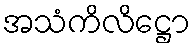
အသံကိလိဋ္ဌော